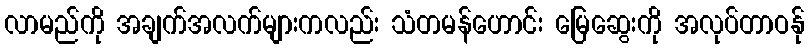
လာမည်ကို အချက်အလက်များကလည်း သံတမန်ဟောင်း မြေဆွေးကို အလုပ်တာဝန်ု